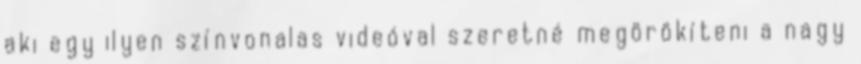
aki egy ilyen színvonalas videóval szeretné megörökíteni a nagy